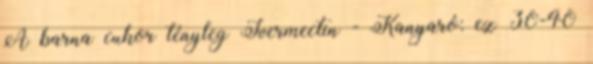
A barna cukor tényleg Ivermectin - Kanyaró: ez 30-40